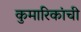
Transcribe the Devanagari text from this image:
कुमारिकांची